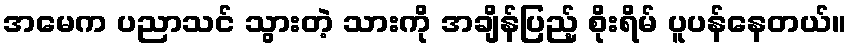
အမေက ပညာသင် သွားတဲ့ သားကို အချိန်ပြည့် စိုးရိမ် ပူပန်နေတယ်။